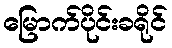
မြောက်ပိုင်းခရိုင်